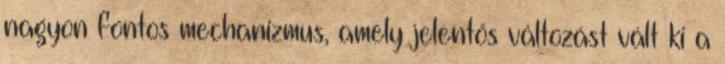
nagyon fontos mechanizmus, amely jelentős változást vált ki a